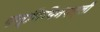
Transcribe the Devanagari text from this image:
पन्नियिनपल्ली